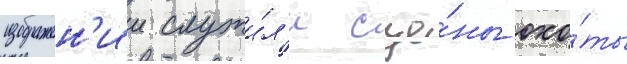
изображен'ии служи́л'и сце́ны охо́ты